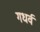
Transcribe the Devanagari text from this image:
गधर्व